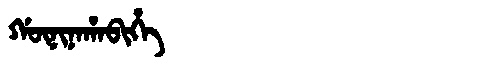
Manchu: ᡤᡡᠨᡳᠨᠠᡥᠠᠪᡳᡥᡝ
Romanization: GŪNINAHABIHE